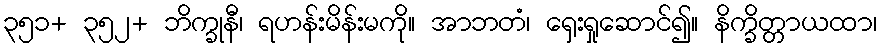
၃၅၁+ ၃၅၂+ ဘိက္ခုနီ၊ ရဟန်းမိန်းမကို။ အာဘတံ၊ ရှေးရှုဆောင်၍။ နိက္ခိတ္တာယထာ၊